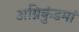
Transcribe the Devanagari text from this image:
अग्निकुंडमां